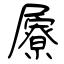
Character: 屪